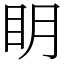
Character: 眀